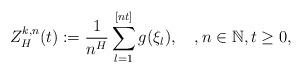
LaTeX: \begin{align*}Z^{k,n}_H(t):=\frac{1}{n^H}\sum_{l=1}^{[nt]}g(\xi_l),\quad, n\in \mathbb{N},t \geq 0,\end{align*}